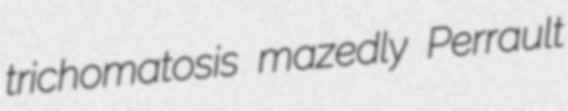
trichomatosis mazedly Perrault